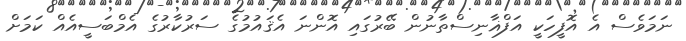
ނަމަވެސް އެ އޮފީހަކީ އަފްޣާނިސްތާނުން ބޭރުގައި އޮންނަ އެޤައުމުގެ ސަރުކާރުގެ އެމްބަސީއެއް ކަމަށް